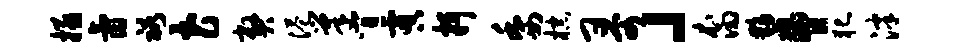
拯氤裕花弊港巢间虞抒委棕哥」裔夥胁犯泮